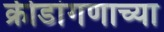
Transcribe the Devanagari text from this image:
क्रीडांगणाच्या